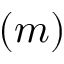
( m )